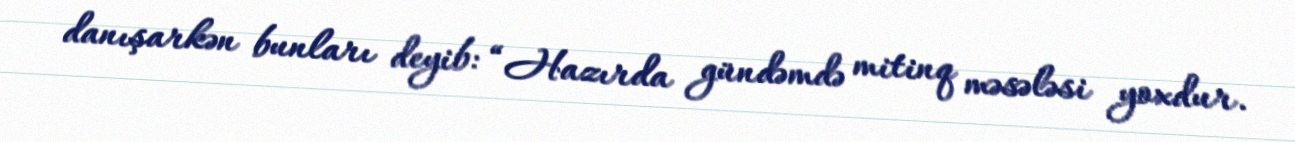
danışarkən bunları deyib: “Hazırda gündəmdə mitinq məsələsi yoxdur.